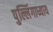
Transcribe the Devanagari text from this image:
पुल्लिंगाध्याय